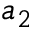
a _ { 2 }